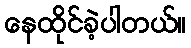
နေထိုင်ခဲ့ပါတယ်။